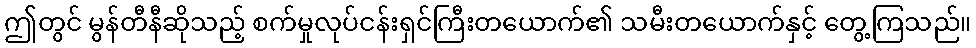
ဤတွင် မွန်တီနီဆိုသည့် စက်မှုလုပ်ငန်းရှင်ကြီးတယောက်၏ သမီးတယောက်နှင့် တွေ့ကြသည်။